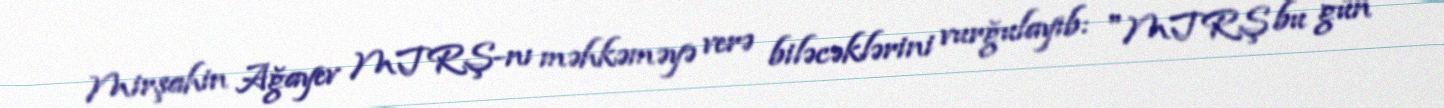
Mirşahin Ağayev MTRŞ-nı məhkəməyə verə biləcəklərini vurğulayıb: "MTRŞ bu gün